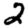
Digit: 2